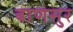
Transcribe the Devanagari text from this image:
बाणसुर